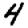
Digit: 4